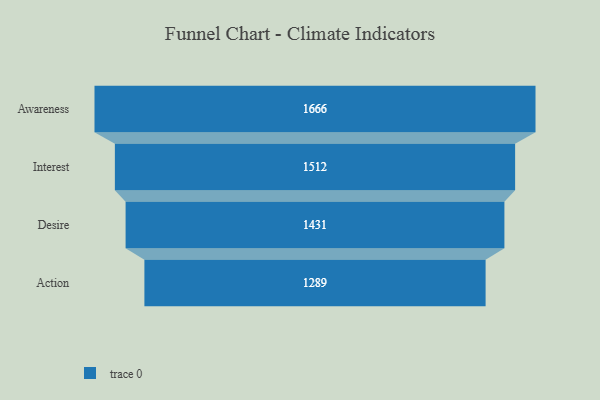
{"axis": {"x": "Stage", "y": "Value"}, "legend": [""], "data": [{"x": "Awareness", "y": 1666.0, "type": ""}, {"x": "Interest", "y": 1512.0, "type": ""}, {"x": "Desire", "y": 1431.0, "type": ""}, {"x": "Action", "y": 1289.0, "type": ""}]}